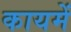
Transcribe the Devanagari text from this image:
कायमें